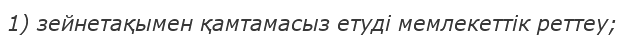
1) зейнетақымен қамтамасыз етуді мемлекеттік реттеу;